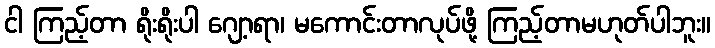
ငါ ကြည့်တာ ရိုးရိုးပါ ဂျော့ရာ၊ မကောင်းတာလုပ်ဖို့ ကြည့်တာမဟုတ်ပါဘူး။